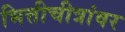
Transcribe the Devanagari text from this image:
भित्तीचीत्रांवर